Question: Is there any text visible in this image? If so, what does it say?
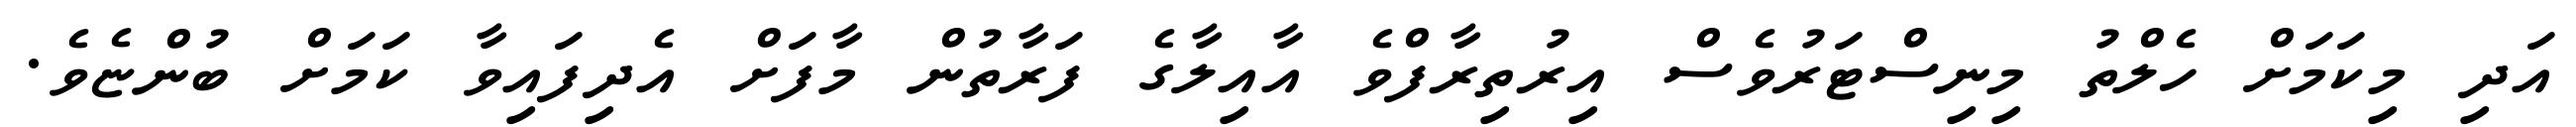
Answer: އަދި މިކަމަށް ހެލްތު މިނިސްޓަރުވެސް އިރުތިރާފްވެ އާއިލާގެ ފަރާތުން މާފަށް އެދިފައިވާ ކަމަށް ބުންޏެވެ.